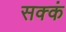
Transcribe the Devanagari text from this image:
सक्कं